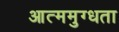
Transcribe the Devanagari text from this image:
आत्ममुग्धता